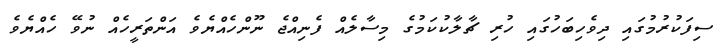
ސިފަކުރުމުގައި ދިވެހިބަހުގައި ހުރި ޗާލާކުކަމުގެ މިސާލެއް ފެނިއްޖެ ނޫންހެއްޔެވެ އަންތަރީހެއް ނުވޭ ހެއްޔެވެ